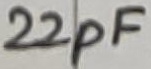
Text: 22pF